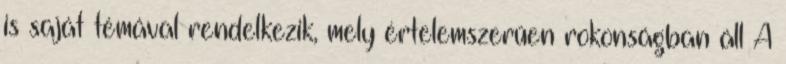
is saját témával rendelkezik, mely értelemszerűen rokonságban áll A